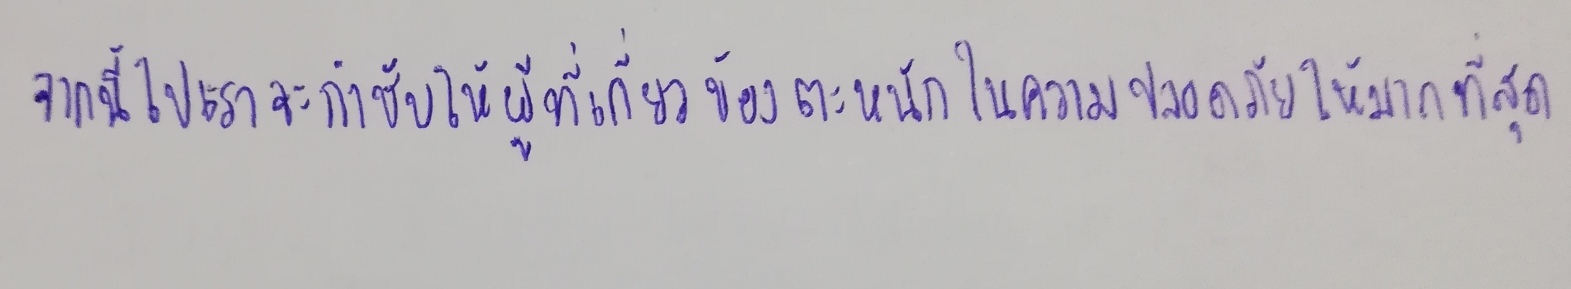
"จากนี้ไปเราจะกำชับให้ผู้ที่เกี่ยวข้องตระหนักในความปลอดภัยให้มากที่สุด